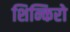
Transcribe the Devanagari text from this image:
शिन्किरो